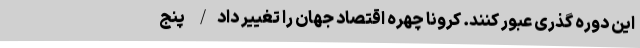
این دوره گذری عبور کنند. کرونا چهره اقتصاد جهان را تغییر داد/  پنج